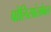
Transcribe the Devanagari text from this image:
पोलिसांसोबत